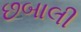
છબાલી